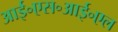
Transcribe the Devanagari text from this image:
आई॰एस॰आई॰एल